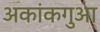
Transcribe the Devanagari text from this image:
अकांकगुआ